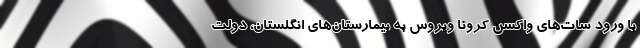
با ورود شات‌های واکسن کرونا ویروس به بیمارستان‌های انگلستان، دولت